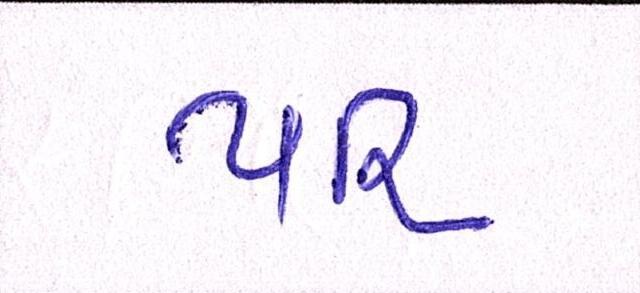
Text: પરિ